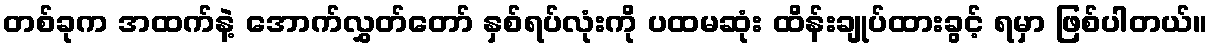
တစ်ခုက အထက်နဲ့ အောက်လွှတ်တော် နှစ်ရပ်လုံးကို ပထမဆုံး ထိန်းချုပ်ထားခွင့် ရမှာ ဖြစ်ပါတယ်။